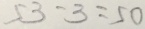
5 3 - 3 = 5 0